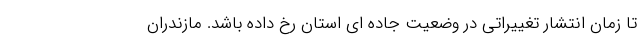
تا زمان انتشار تغییراتی در وضعیت جاده ای استان رخ داده باشد. مازندران